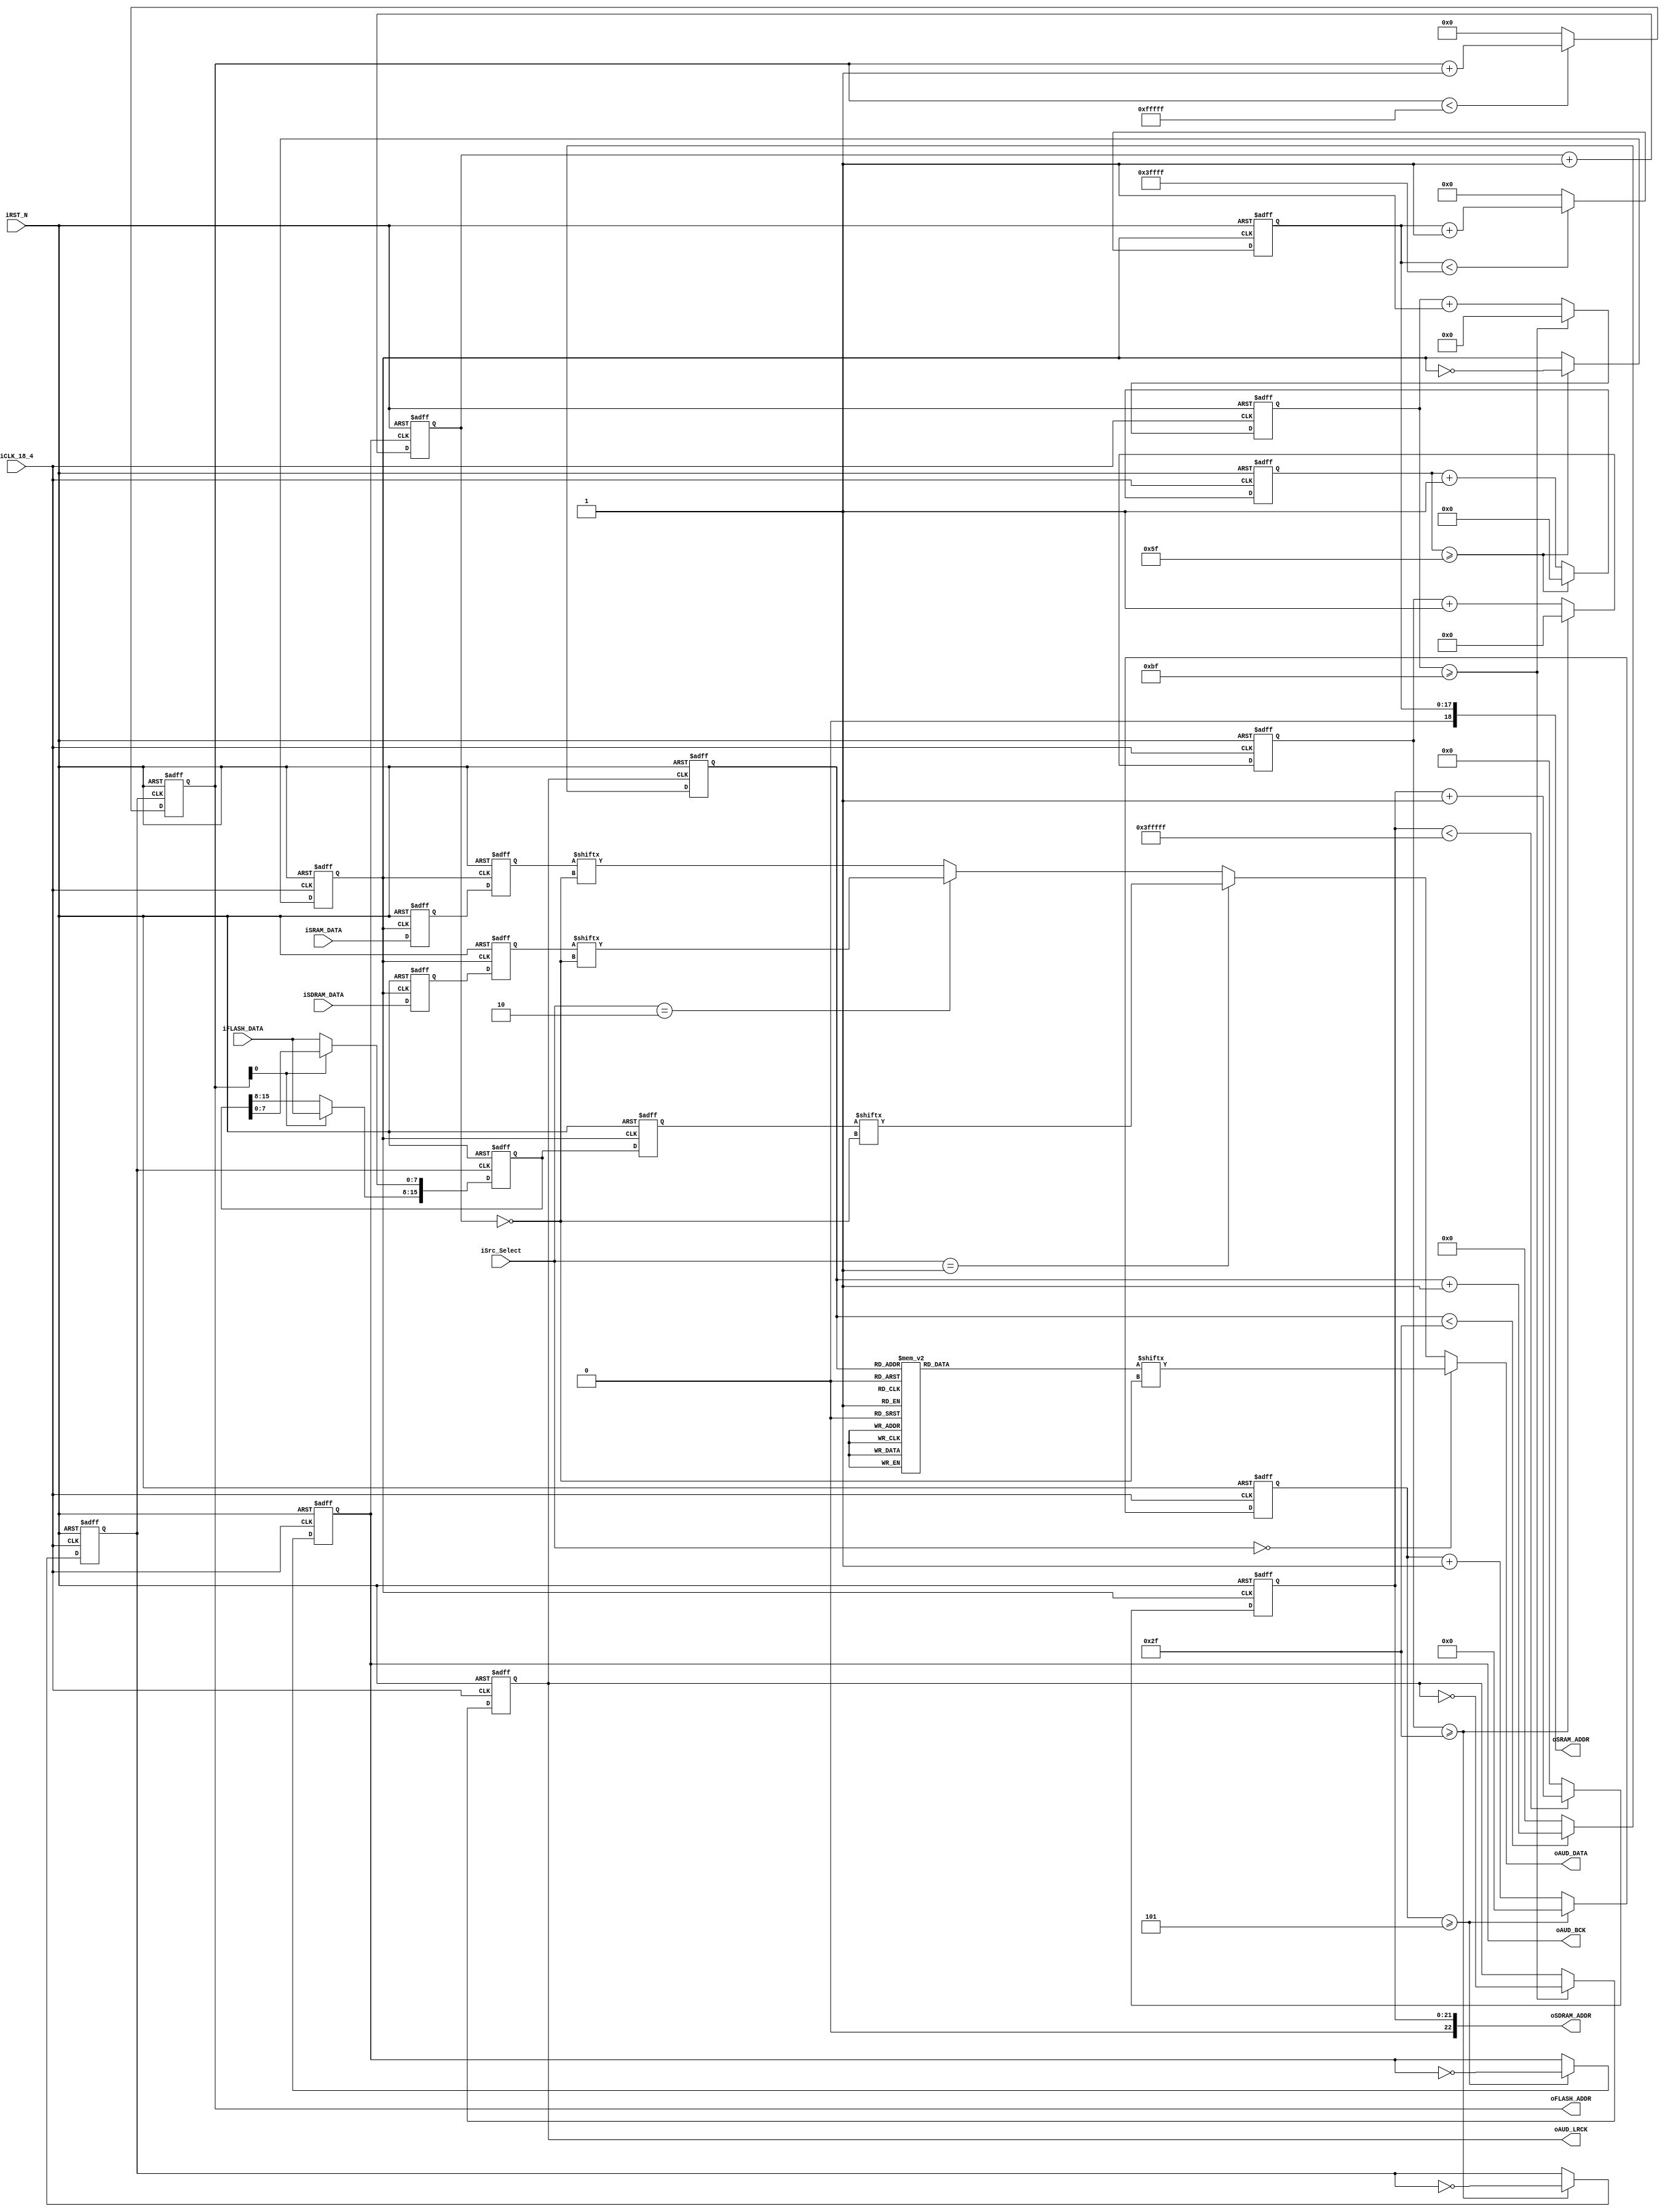
module AUDIO_DAC (	//	Memory Side
        oFLASH_ADDR,
		  iFLASH_DATA,
        oSDRAM_ADDR,
		  iSDRAM_DATA,
        oSRAM_ADDR,
		  iSRAM_DATA,
        //	Audio Side
        oAUD_BCK,
        oAUD_DATA,
        oAUD_LRCK,
        //	Control Signals
        iSrc_Select,
        iCLK_18_4,
        iRST_N	
	 );

	 //=======================================================
    //  PARAMETER declarations
    //=======================================================
    parameter	REF_CLK			=	18432000;	//	18.432	MHz
    parameter	SAMPLE_RATE		=	48000;		//	48		KHz
    parameter	DATA_WIDTH		=	16;			//	16		Bits
    parameter	CHANNEL_NUM		=	2;			//	Dual Channel

    parameter	SIN_SAMPLE_DATA	=	48;
    parameter	FLASH_DATA_NUM	=	1048576;	//	1	MWords
    parameter	SDRAM_DATA_NUM	=	4194304;	//	4	MWords
    parameter	SRAM_DATA_NUM	=	262144;		//	256	KWords

    parameter	FLASH_ADDR_WIDTH=	20;			//	20	Address Line
    parameter	SDRAM_ADDR_WIDTH=	22;			//	22	Address Line
    parameter	SRAM_ADDR_WIDTH=	18;			//	18	Address	Line

    parameter	FLASH_DATA_WIDTH=	8;			//	8	Bits
    parameter	SDRAM_DATA_WIDTH=	16;			//	16	Bits
    parameter	SRAM_DATA_WIDTH=	16;			//	16	Bits

    ////////////	Input Source Number	//////////////
    parameter	SIN_SANPLE		=	0;
    parameter	FLASH_DATA		=	1;
    parameter	SDRAM_DATA		=	2;
    parameter	SRAM_DATA		=	3;
	 
    //=======================================================
    //  PORT declarations
    //=======================================================
    //	Memory Side
    output	[FLASH_ADDR_WIDTH-1:0]	oFLASH_ADDR;
    input	[FLASH_DATA_WIDTH-1:0]	iFLASH_DATA;
    output	[SDRAM_ADDR_WIDTH:0]		oSDRAM_ADDR;
    input	[SDRAM_DATA_WIDTH-1:0]	iSDRAM_DATA;
    output	[SRAM_ADDR_WIDTH:0]		oSRAM_ADDR;
    input	[SRAM_DATA_WIDTH-1:0]	iSRAM_DATA;
    //	Audio Side
    output									oAUD_DATA;
    output									oAUD_LRCK;
    output	reg							oAUD_BCK;
    //	Control Signals
    input	[1:0]							iSrc_Select;
    input									iCLK_18_4;
    input									iRST_N;
	 
	 
    //=======================================================
    //  REG/WIRE declarations
    //=======================================================
    reg		[3:0]							BCK_DIV;
    reg		[8:0]							LRCK_1X_DIV;
    reg		[7:0]							LRCK_2X_DIV;
    reg		[6:0]							LRCK_4X_DIV;
    reg		[3:0]							SEL_Cont;
    ////////	DATA Counter	////////
    reg		[5:0]							SIN_Cont;
    reg		[FLASH_ADDR_WIDTH-1:0]	FLASH_Cont;
    reg		[SDRAM_ADDR_WIDTH-1:0]	SDRAM_Cont;
    reg		[SRAM_ADDR_WIDTH-1:0]	SRAM_Cont;
    ////////////////////////////////////
    reg		[DATA_WIDTH-1:0]			Sin_Out;
    reg		[DATA_WIDTH-1:0]			FLASH_Out;
    reg		[DATA_WIDTH-1:0]			SDRAM_Out;
    reg		[DATA_WIDTH-1:0]			SRAM_Out;
    reg		[DATA_WIDTH-1:0]			FLASH_Out_Tmp;
    reg		[DATA_WIDTH-1:0]			SDRAM_Out_Tmp;
    reg		[DATA_WIDTH-1:0]			SRAM_Out_Tmp;
    reg										LRCK_1X;
    reg										LRCK_2X;
    reg										LRCK_4X;

	 
	 //=============================================================================
    // Structural coding
    //=============================================================================
    ////////////	AUD_BCK Generator	//////////////
    always@(posedge iCLK_18_4 or negedge iRST_N)
    begin
        if(!iRST_N)
        begin
            BCK_DIV		<=	0;
            oAUD_BCK	<=	0;
        end
        else
        begin
            if(BCK_DIV >= REF_CLK/(SAMPLE_RATE*DATA_WIDTH*CHANNEL_NUM*2)-1 )
            begin
                BCK_DIV		<=	0;
                oAUD_BCK	<=	~oAUD_BCK;
            end
            else
                BCK_DIV		<=	BCK_DIV+1;
        end
    end
    //////////////////////////////////////////////////
    ////////////	AUD_LRCK Generator	//////////////
    always@(posedge iCLK_18_4 or negedge iRST_N)
    begin
        if(!iRST_N)
        begin
            LRCK_1X_DIV	<=	0;
            LRCK_2X_DIV	<=	0;
            LRCK_4X_DIV	<=	0;
            LRCK_1X		<=	0;
            LRCK_2X		<=	0;
            LRCK_4X		<=	0;
        end
        else
        begin
            //	LRCK 1X
            if(LRCK_1X_DIV >= REF_CLK/(SAMPLE_RATE*2)-1 )
            begin
                LRCK_1X_DIV	<=	0;
                LRCK_1X	<=	~LRCK_1X;
            end
            else
                LRCK_1X_DIV		<=	LRCK_1X_DIV+1;
            //	LRCK 2X
            if(LRCK_2X_DIV >= REF_CLK/(SAMPLE_RATE*4)-1 )
            begin
                LRCK_2X_DIV	<=	0;
                LRCK_2X	<=	~LRCK_2X;
            end
            else
                LRCK_2X_DIV		<=	LRCK_2X_DIV+1;
            //	LRCK 4X
            if(LRCK_4X_DIV >= REF_CLK/(SAMPLE_RATE*8)-1 )
            begin
                LRCK_4X_DIV	<=	0;
                LRCK_4X	<=	~LRCK_4X;
            end
            else
                LRCK_4X_DIV		<=	LRCK_4X_DIV+1;
        end
    end
    assign	oAUD_LRCK	=	LRCK_1X;
    //////////////////////////////////////////////////
    //////////	Sin LUT ADDR Generator	//////////////
    always@(negedge LRCK_1X or negedge iRST_N)
    begin
        if(!iRST_N)
            SIN_Cont	<=	0;
        else
        begin
            if(SIN_Cont < SIN_SAMPLE_DATA-1 )
                SIN_Cont	<=	SIN_Cont+1;
            else
                SIN_Cont	<=	0;
        end
    end
    //////////////////////////////////////////////////
    //////////	FLASH ADDR Generator	//////////////
    always@(negedge LRCK_4X or negedge iRST_N)
    begin
        if(!iRST_N)
            FLASH_Cont	<=	0;
        else
        begin
            if(FLASH_Cont < FLASH_DATA_NUM-1 )
                FLASH_Cont	<=	FLASH_Cont+1;
            else
                FLASH_Cont	<=	0;
        end
    end
    assign	oFLASH_ADDR	=	FLASH_Cont;
    //////////////////////////////////////////////////
    //////////	  FLASH DATA Reorder	//////////////
    always@(posedge LRCK_4X or negedge iRST_N)
    begin
        if(!iRST_N)
            FLASH_Out_Tmp	<=	0;
        else
        begin
            if(FLASH_Cont[0])
                FLASH_Out_Tmp[15:8]	<=	iFLASH_DATA;
            else
                FLASH_Out_Tmp[7:0]	<=	iFLASH_DATA;
        end
    end
    always@(negedge LRCK_2X	or negedge iRST_N)
    begin
        if(!iRST_N)
            FLASH_Out	<=	0;
        else
            FLASH_Out	<=	FLASH_Out_Tmp;
    end
    //////////////////////////////////////////////////
    //////////	SDRAM ADDR Generator	//////////////
    always@(negedge LRCK_2X or negedge iRST_N)
    begin
        if(!iRST_N)
            SDRAM_Cont	<=	0;
        else
        begin
            if(SDRAM_Cont < SDRAM_DATA_NUM-1 )
                SDRAM_Cont	<=	SDRAM_Cont+1;
            else
                SDRAM_Cont	<=	0;
        end
    end
    assign	oSDRAM_ADDR	=	SDRAM_Cont;
    //////////////////////////////////////////////////
    //////////	  SDRAM DATA Latch		//////////////
    always@(posedge LRCK_2X or negedge iRST_N)
    begin
        if(!iRST_N)
            SDRAM_Out_Tmp	<=	0;
        else
            SDRAM_Out_Tmp	<=	iSDRAM_DATA;
    end
    always@(negedge LRCK_2X	or negedge iRST_N)
    begin
        if(!iRST_N)
            SDRAM_Out	<=	0;
        else
            SDRAM_Out	<=	SDRAM_Out_Tmp;
    end
    //////////////////////////////////////////////////
    ////////////	SRAM ADDR Generator	  ////////////
    always@(negedge LRCK_2X or negedge iRST_N)
    begin
        if(!iRST_N)
            SRAM_Cont	<=	0;
        else
        begin
            if(SRAM_Cont < SRAM_DATA_NUM-1 )
                SRAM_Cont	<=	SRAM_Cont+1;
            else
                SRAM_Cont	<=	0;
        end
    end
    assign	oSRAM_ADDR	=	SRAM_Cont;
    //////////////////////////////////////////////////
    //////////	  SRAM DATA Latch		//////////////
    always@(posedge LRCK_2X or negedge iRST_N)
    begin
        if(!iRST_N)
            SRAM_Out_Tmp	<=	0;
        else
            SRAM_Out_Tmp	<=	iSRAM_DATA;
    end
    always@(negedge LRCK_2X	or negedge iRST_N)
    begin
        if(!iRST_N)
            SRAM_Out	<=	0;
        else
            SRAM_Out	<=	SRAM_Out_Tmp;
    end
    //////////////////////////////////////////////////
    //////////	16 Bits PISO MSB First	//////////////
    always@(negedge oAUD_BCK or negedge iRST_N)
    begin
        if(!iRST_N)
            SEL_Cont	<=	0;
        else
            SEL_Cont	<=	SEL_Cont+1;
    end
    assign	oAUD_DATA	=	(iSrc_Select==SIN_SANPLE)	?	Sin_Out[~SEL_Cont]	:
           (iSrc_Select==FLASH_DATA)	?	FLASH_Out[~SEL_Cont]:
           (iSrc_Select==SDRAM_DATA)	?	SDRAM_Out[~SEL_Cont]:
           SRAM_Out[~SEL_Cont]	;
    //////////////////////////////////////////////////
    ////////////	Sin Wave ROM Table	//////////////
    always@(SIN_Cont)
    begin
        case(SIN_Cont)
            0  :
                Sin_Out       <=      0       ;
            1  :
                Sin_Out       <=      4276    ;
            2  :
                Sin_Out       <=      8480    ;
            3  :
                Sin_Out       <=      12539   ;
            4  :
                Sin_Out       <=      16383   ;
            5  :
                Sin_Out       <=      19947   ;
            6  :
                Sin_Out       <=      23169   ;
            7  :
                Sin_Out       <=      25995   ;
            8  :
                Sin_Out       <=      28377   ;
            9  :
                Sin_Out       <=      30272   ;
            10  :
                Sin_Out      <=      31650   ;
            11  :
                Sin_Out      <=      32486   ;
            12  :
                Sin_Out      <=      32767   ;
            13  :
                Sin_Out      <=      32486   ;
            14  :
                Sin_Out      <=      31650   ;
            15  :
                Sin_Out      <=      30272   ;
            16  :
                Sin_Out      <=      28377   ;
            17  :
                Sin_Out      <=      25995   ;
            18  :
                Sin_Out      <=      23169   ;
            19  :
                Sin_Out      <=      19947   ;
            20  :
                Sin_Out      <=      16383   ;
            21  :
                Sin_Out      <=      12539   ;
            22  :
                Sin_Out      <=      8480    ;
            23  :
                Sin_Out      <=      4276    ;
            24  :
                Sin_Out      <=      0       ;
            25  :
                Sin_Out      <=      61259   ;
            26  :
                Sin_Out      <=      57056   ;
            27  :
                Sin_Out      <=      52997   ;
            28  :
                Sin_Out      <=      49153   ;
            29  :
                Sin_Out      <=      45589   ;
            30  :
                Sin_Out      <=      42366   ;
            31  :
                Sin_Out      <=      39540   ;
            32  :
                Sin_Out      <=      37159   ;
            33  :
                Sin_Out      <=      35263   ;
            34  :
                Sin_Out      <=      33885   ;
            35  :
                Sin_Out      <=      33049   ;
            36  :
                Sin_Out      <=      32768   ;
            37  :
                Sin_Out      <=      33049   ;
            38  :
                Sin_Out      <=      33885   ;
            39  :
                Sin_Out      <=      35263   ;
            40  :
                Sin_Out      <=      37159   ;
            41  :
                Sin_Out      <=      39540   ;
            42  :
                Sin_Out      <=      42366   ;
            43  :
                Sin_Out      <=      45589   ;
            44  :
                Sin_Out      <=      49152   ;
            45  :
                Sin_Out      <=      52997   ;
            46  :
                Sin_Out      <=      57056   ;
            47  :
                Sin_Out      <=      61259   ;
            default	:
                Sin_Out		<=		0		;
        endcase
    end
    //////////////////////////////////////////////////

endmodule